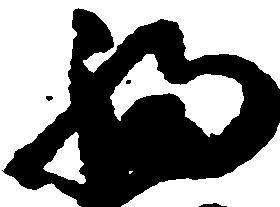
福